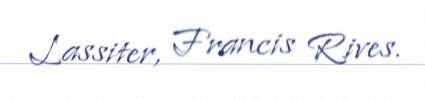
Lassiter, Francis Rives.